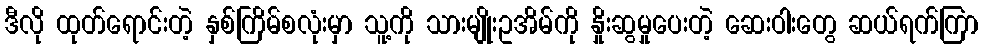
ဒီလို ထုတ်ရောင်းတဲ့ နှစ်ကြိမ်စလုံးမှာ သူ့ကို သားမျိုးဥအိမ်ကို နှိုးဆွမှုပေးတဲ့ ဆေးဝါးတွေ ဆယ်ရက်ကြာ